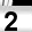
Digit: 2